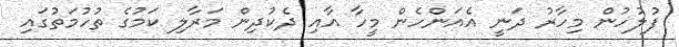
ފުލުހުން މިހާރު ދަނީ އެއަންހެން މީހާ އާއި ދެކުދިން މަރާލި ކަމުގެ ތުހުމަތުގައި